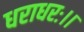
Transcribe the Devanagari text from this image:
धराधरः।।